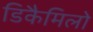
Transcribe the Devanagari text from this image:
डिकैमिलो